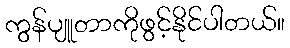
ကွန်ပျူတာကိုဖွင့်နိုင်ပါတယ်။